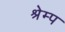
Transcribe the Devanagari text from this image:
श्रेम्प